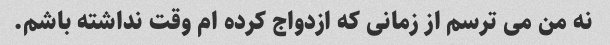
نه من می ترسم از زمانی که ازدواج کرده ام وقت نداشته باشم.